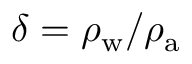
\delta = \rho _ { \mathrm { w } } / \rho _ { \mathrm { a } }